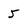
Character: 5